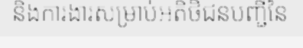
និងការងារសម្រាប់អតិថិជនបញ្ជីនៃ